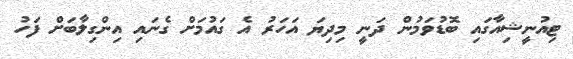
ޓިއުނީޝިއާގައި ބޮޑުވަމުން ދަނީ މިދިޔަ އަހަރު އެ ގައުމަށް ގެނައި އިންގިލާބަށް ފަހު